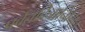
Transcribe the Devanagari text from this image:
पर्वतदिनानिमित्त